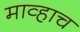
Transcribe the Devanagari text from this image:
माव्हाच